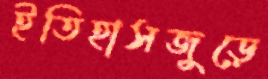
ইতিহাসজুড়ে